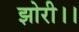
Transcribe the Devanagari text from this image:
झोरी।।